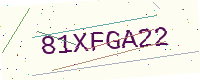
Text: 81XFGA22